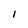
Character: I